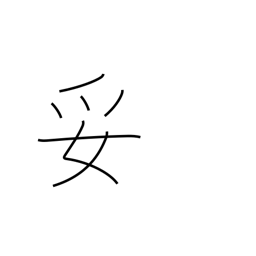
Meaning: satisfactory